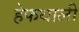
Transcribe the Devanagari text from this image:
हेफथाली